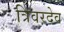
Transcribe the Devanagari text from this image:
त्रिवरदेव